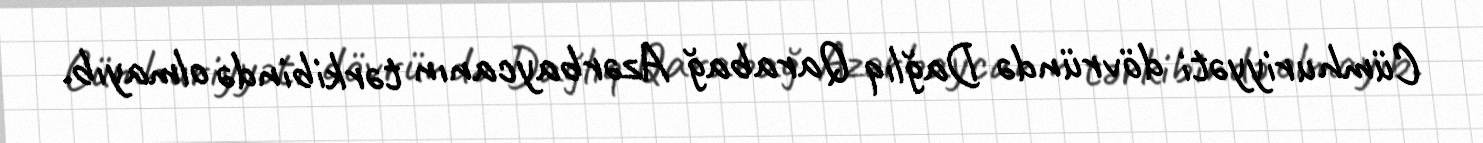
Cümhuriyyəti dövründə Dağlıq Qarabağ Azərbaycanın tərkibində olmayıb.